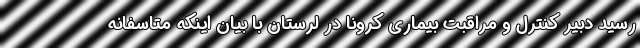
رسید دبیر کنترل و مراقبت بیماری کرونا در لرستان با بیان اینکه متاسفانه